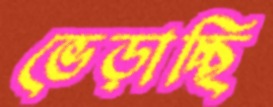
ভেড়াচ্ছি